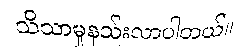
သိသာမှုနည်းလာပါတယ်။